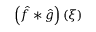
\left( { \hat { f } } * { \hat { g } } \right) ( \xi )